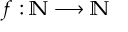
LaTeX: f : \mathbb { N } \longrightarrow \mathbb { N }